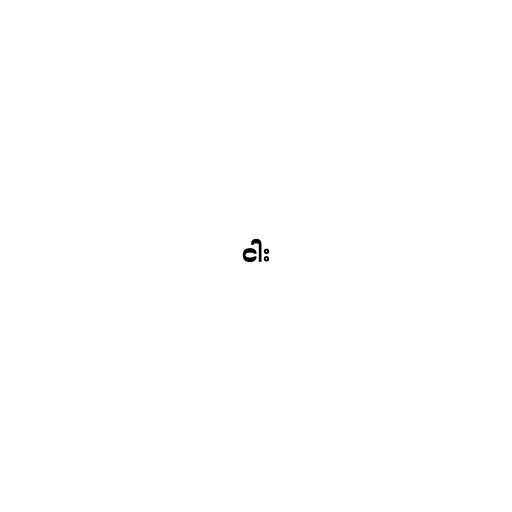
ငါး